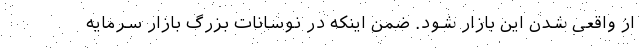
از واقعی شدن این بازار شود. ضمن اینکه در نوسانات بزرگ بازار سرمایه